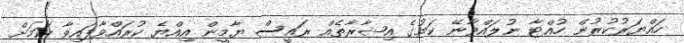
ހައްޔަރުކުރުން ހުއްޓާ ނުލައްވާނޭ ކަމުގެ އިޝާރާތެއް ރައީސް ޔާމީން އިއްޔެ ކުރައްވާފައިވާ ކަމަށް